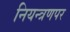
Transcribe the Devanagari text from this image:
नियन्त्रणपर